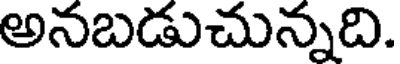
అనబడుచున్నది.